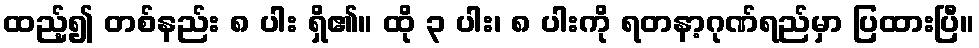
ထည့်၍ တစ်နည်း ၈ ပါး ရှိ၏။ ထို ၃ ပါး၊ ၈ ပါးကို ရတနာ့ဂုဏ်ရည်မှာ ပြထားပြီ။